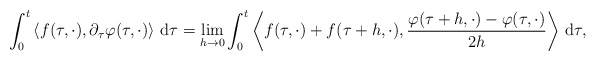
\begin{align*}\int_0^t \left\langle f(\tau, \cdot), \partial_{\tau}\varphi(\tau,\cdot)\right\rangle \,\mathrm{d}\tau = \lim_{h\to 0} \int_0^t \left\langle f(\tau, \cdot) + f(\tau+h,\cdot), \frac{\varphi(\tau+h,\cdot)-\varphi(\tau,\cdot)}{2h}\right\rangle\,\mathrm{d}\tau,\end{align*}